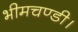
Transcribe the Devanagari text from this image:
भीमचण्डी।